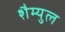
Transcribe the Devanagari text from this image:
शैम्युल